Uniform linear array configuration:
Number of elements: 8
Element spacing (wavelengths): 0.5
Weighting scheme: hamming
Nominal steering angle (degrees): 30
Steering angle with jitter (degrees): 29.335
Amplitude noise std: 0.05
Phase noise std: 0.05

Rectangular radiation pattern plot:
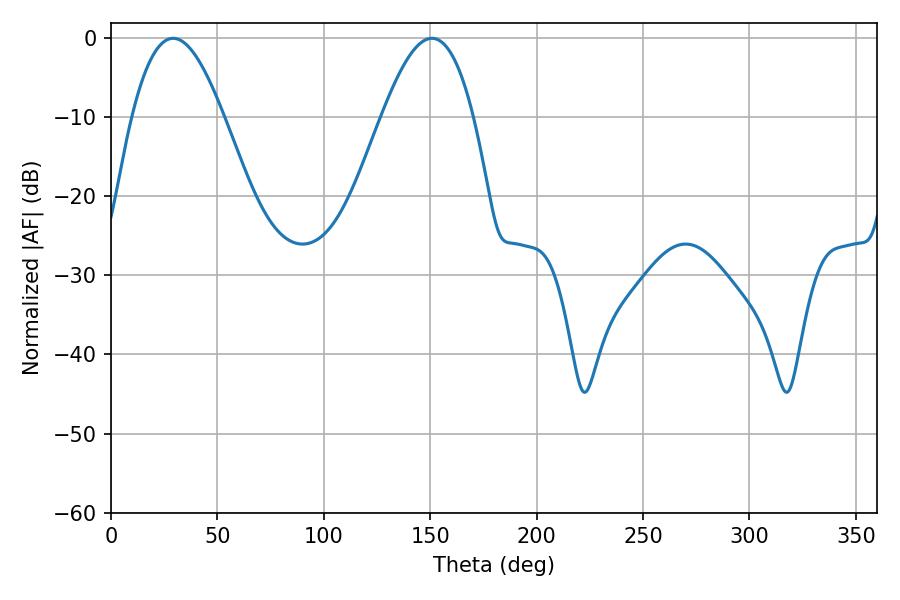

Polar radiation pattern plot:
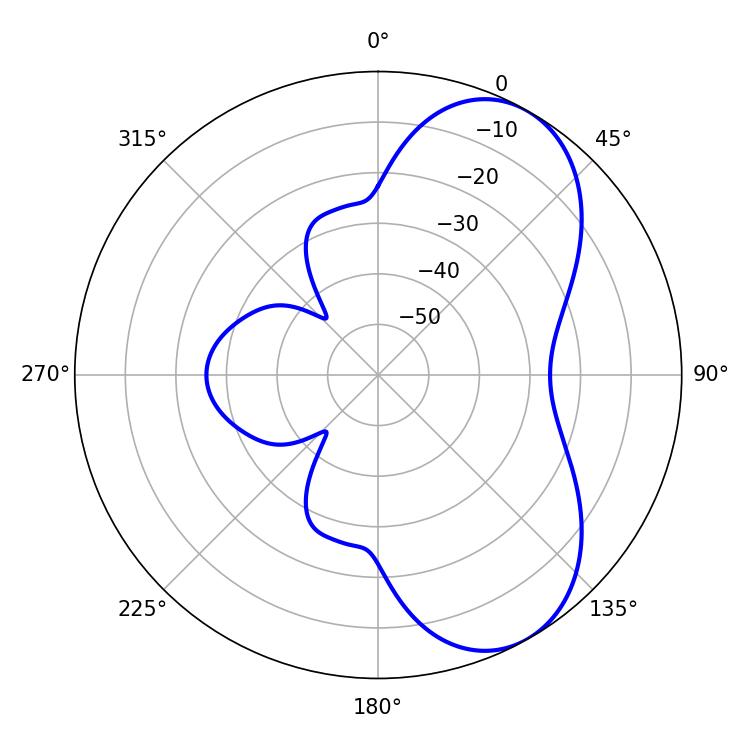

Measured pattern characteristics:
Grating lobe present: FALSE
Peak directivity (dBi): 6.516
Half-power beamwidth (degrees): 23.4
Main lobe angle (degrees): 29.16